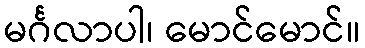
မင်္ဂလာပါ၊ မောင်မောင်။